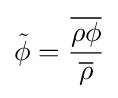
{\tilde {\phi }}={\frac {\overline {\rho \phi }}{\overline {\rho }}}